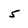
Character: 5